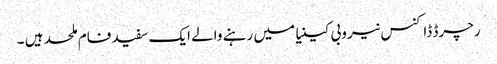
رچرڈ ڈاکنس نیروبی کینیا میں رہنے والے ایک سفید فام ملحد ہیں ۔